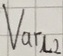
Text: Varl2